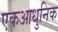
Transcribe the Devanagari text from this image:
एकआधुनिक